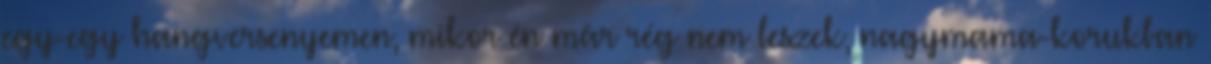
egy-egy hangversenyemen, mikor én már rég nem leszek, nagymama-korukban